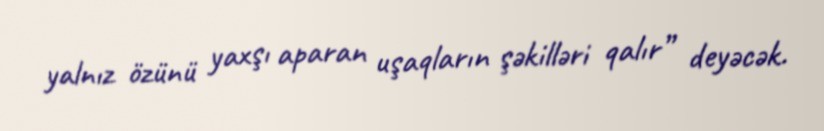
yalnız özünü yaxşı aparan uşaqların şəkilləri qalır” deyəcək.